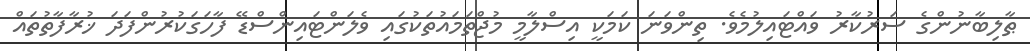
ޠާލިބާނުންގެ ސަރުކާރު ވައްޓައިލުމެވެ. ތިންވަނަ ކަމަކީ އިސްލާމީ މުޖްތަމައުތަކުގައި ވެލަންޓައިންސްޑޭ ފާހަގަކުރުންފަދަ ޚުރާފާތުތައް